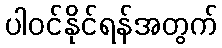
ပါဝင်နိုင်ရန်အတွက်